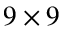
9 \times 9